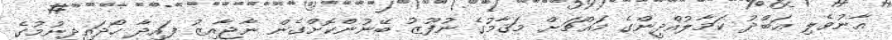
އާނުވެލި ޢަބްދު ކަމާލުއްދީންގެ މައްޗަށް މަޤާމުގެ ނުފޫޒު ބޭނުންކޮށްގެން ނާޖާއިޒު ފައިދާ ހޯދައިދިނުމުގެ